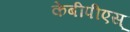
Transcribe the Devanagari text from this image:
केबीपीएस्‌